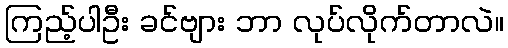
ကြည့်ပါဦး ခင်ဗျား ဘာ လုပ်လိုက်တာလဲ။